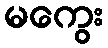
မကွေး